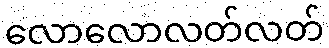
လောလောလတ်လတ်